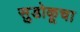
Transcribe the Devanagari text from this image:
सुडोकूचा